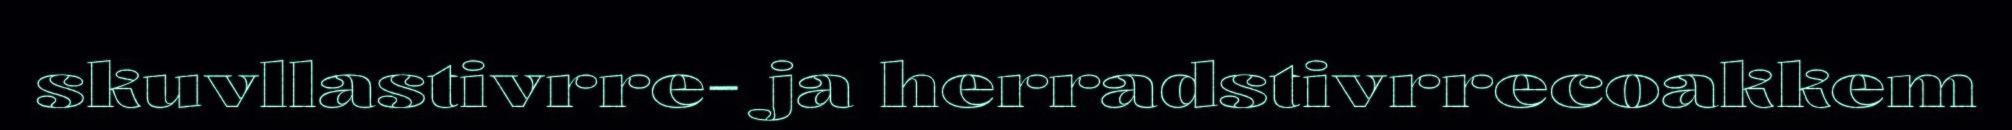
skuvllastivrre- ja herradstivrrecoakkem